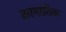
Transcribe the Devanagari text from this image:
कापातिक